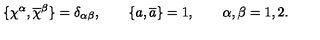
\{ \chi ^ { \alpha } , \overline { { \chi } } ^ { \beta } \} = \delta _ { \alpha \beta } , \qquad \{ a , \overline { { a } } \} = 1 , \qquad \alpha , \beta = 1 , 2 .